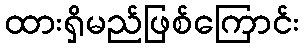
ထားရှိမည်ဖြစ်ကြောင်း